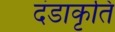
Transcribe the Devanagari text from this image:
दंडाकृति